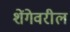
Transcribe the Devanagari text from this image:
शेंगेवरील